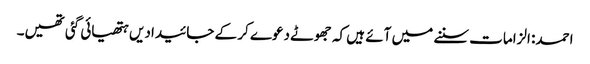
احمد: الزامات سننے میں آئے ہیں کہ جھوٹے دعوے کر کے جائیدادیں ہتھیائی گئی تھیں۔